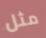
مثل